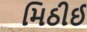
મિઠીઈ